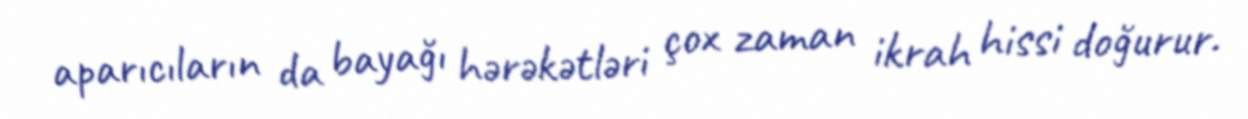
aparıcıların da bayağı hərəkətləri çox zaman ikrah hissi doğurur.